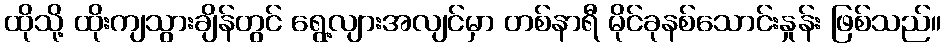
ထိုသို့ ထိုးကျသွားချိန်တွင် ရွေ့လျားအလျင်မှာ တစ်နာရီ မိုင်ခုနစ်သောင်းနှုန်း ဖြစ်သည်။